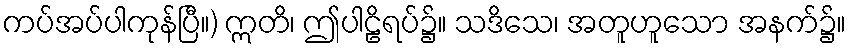
ကပ်အပ်ပါကုန်ပြီ။) ဣတိ၊ ဤပါဠိရပ်၌။ သဒိသေ၊ အတူဟူသော အနက်၌။